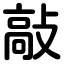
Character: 敲